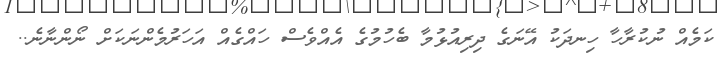
ކަމެއް ނުކުރާހާ ހިނދަކު އޭނަގެ ދިރިއުޅުމާ ބެހުމުގެ އެއްވެސް ހައްްގެއް އަހަރުމެންނަކަށް ނޯންނާނެ..